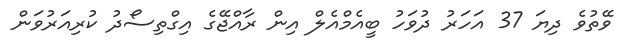
ވޭތުވެ ދިޔަ 37 އަހަރު ދުވަހު ބީއެމްއެލް އިން ރާއްޖޭގެ އިގްތިސޯދު ކުރިއަރުވަން